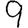
Digit: 9